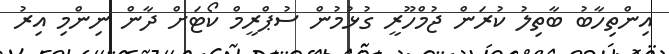
އިންތިހާބު ބާތިލު ކުރަން ޖުމްހޫރީ ގުޅުމުން ސުޕްރީމް ކޯޓަށް ދާން ނިންމި އިރު